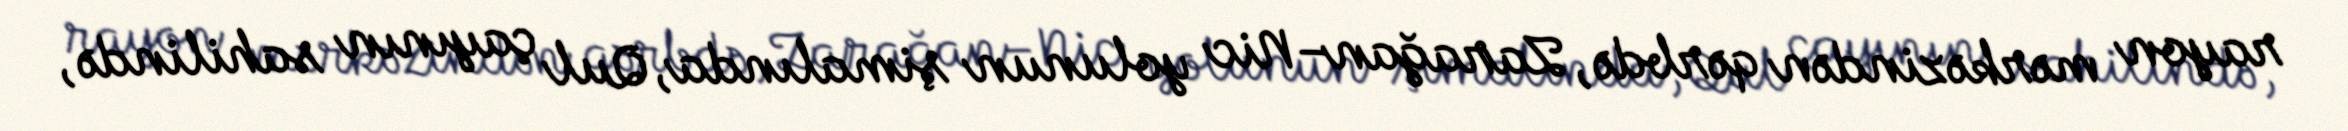
rayon mərkəzindən qərbdə, Zarağan–Nic yolunun şimalında, Qul çayının sahilində,